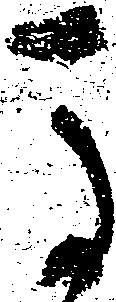
馬